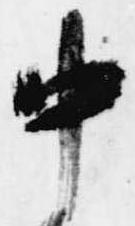
中